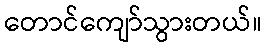
တောင်ကျော်သွားတယ်။